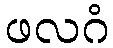
ဖလဂံ